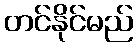
တင်နိုင်မည်